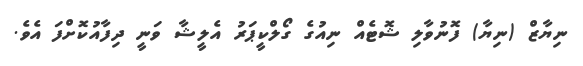
ނިޔާޒް (ނިޔާ) ފޮނުވާލި ޝޮޓެއް ނިއުގެ ގޯލްކީޕަރު އެލީޝާ ވަނީ ދިފާއުކޮށްފަ އެވެ.